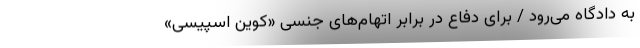
به دادگاه می‌رود / برای دفاع در برابر اتهام‌های جنسی «کوین اسپیسی»